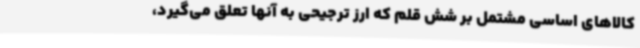
کالاهای اساسی مشتمل بر شش قلم که ارز ترجیحی به آنها تعلق می‌گیرد،